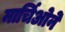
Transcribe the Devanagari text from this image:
मार्चिओने